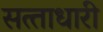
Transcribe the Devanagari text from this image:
सत्‍ताधारी